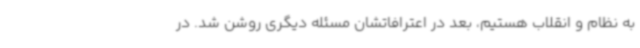
به نظام و انقلاب هستیم، بعد در اعترافاتشان مسئله دیگری روشن شد. در